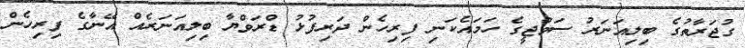
ގުޖަރާތުގެ ބިލިއަނަރު ސަވްޖީގެ ހަމައެކަނި ފިރިހެން ދަރިފުޅު ޑްރަވްޔާ ބިލިއަނަރެއް އޭނާގެ ފިރިހެން